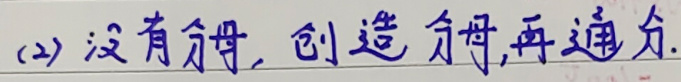
(2) 没有分母，创造分母，再通分.